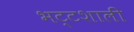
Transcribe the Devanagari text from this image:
भट्टशाली